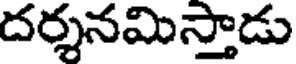
దర్శనమిస్తాడు